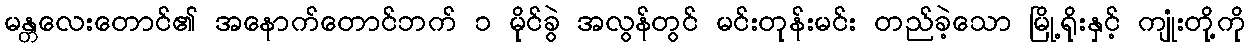
မန္တလေးတောင်၏ အနောက်တောင်ဘက် ၁ မိုင်ခွဲ အလွန်တွင် မင်းတုန်းမင်း တည်ခဲ့သော မြို့ရိုးနှင့် ကျုံးတို့ကို